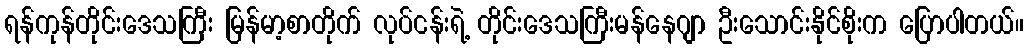
ရန်ကုန်တိုင်းဒေသကြီး မြန်မာ့စာတိုက် လုပ်ငန်းရဲ့ တိုင်းဒေသကြီးမန်နေဂျာ ဦးသောင်းနိုင်စိုးက ပြောပါတယ်။